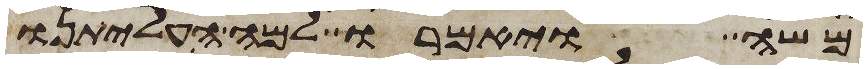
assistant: משה ויאמרו למה העליתנו